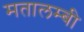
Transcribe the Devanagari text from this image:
मतालम्बी